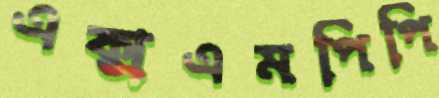
এক্সএমপিপি